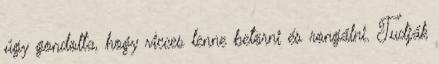
úgy gondolta, hogy vicces lenne betörni és rongálni. Tudják